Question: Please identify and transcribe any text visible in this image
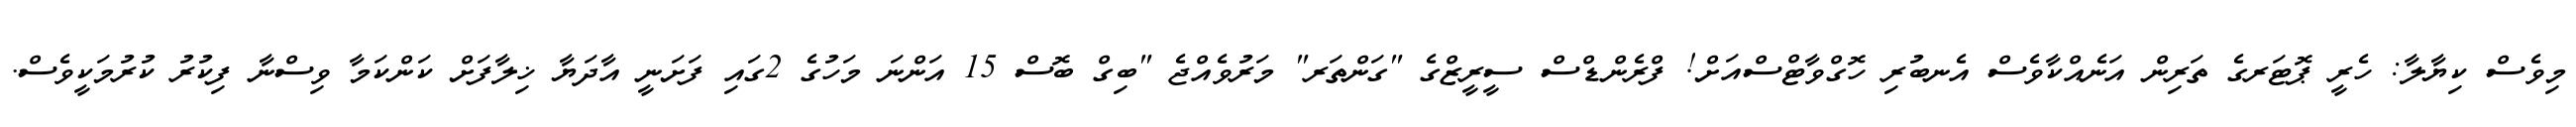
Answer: މިވެސް ކިޔާލާ: ހެރީ ޕޮޓަރގެ ތަރިން އަނެއްކާވެސް އެނބުރި ހޮގްވާޓްސްއަށް! ފްރެންޑްސް ސީރީޒްގެ "ގަންތަރ" މަރުވެއްޖެ "ބިގް ބޮސް 15 އަންނަ މަހުގެ 2ގައި ފަށަނީ އާދަޔާ ޚިލާފަށް ކަންކަމާ ވިސްނާ ފިކުރު ކުރުމަކީވެސް.